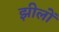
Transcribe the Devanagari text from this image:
झीलोँ